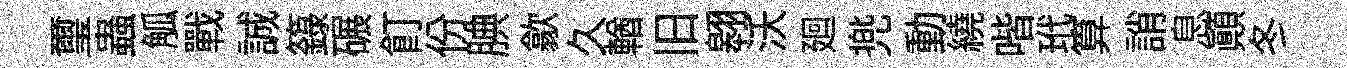
璽蟲觚戰誠籙碾飣份腆歙久輶旧翱沃廻兠動繞喈玳算誚息顛冬